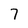
Character: 7